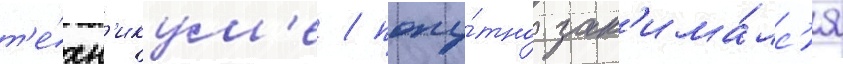
т'е́хн'икум'е / попу́тно зан'има́лс'я